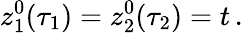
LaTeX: z_{1}^{0}(\tau_{1})=z_{2}^{0}(\tau_{2})=t\, .